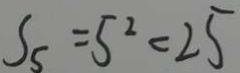
S _ { 5 } = 5 ^ { 2 } < 2 5